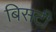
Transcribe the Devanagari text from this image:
बिसटी